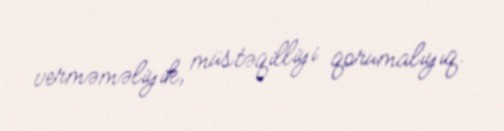
verməməliyik, müstəqilliyi qorumalıyıq.